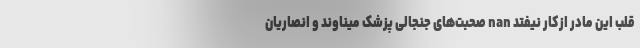
قلب این مادر ازکار نیفتد nan صحبت‌های جنجالی پزشک میناوند و انصاریان